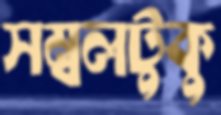
সম্বলটুকু